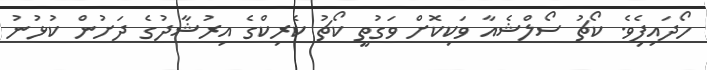
ހޯދައިފިެވެ. ކޯޗު ސޯލްޝެއާ ވަކިކޮށް ވަގުތީ ކޯޗު ކެރިކްގެ އިރުޝާދުގެ ދަށުން ކުޅުނު